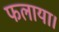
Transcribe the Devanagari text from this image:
फलाया।